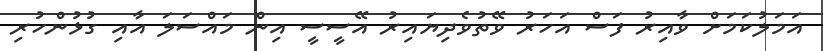
އަމަލުކަމަށް ވާއިރު ފަސް އަހަރު ވޭތުވެދިޔައިރު އޭސީސީ އިން މައްސަލަ އާއި ގުޅުންހުރި